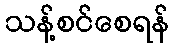
သန့်စင်စေရန်